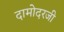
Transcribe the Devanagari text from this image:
दामोदरजी